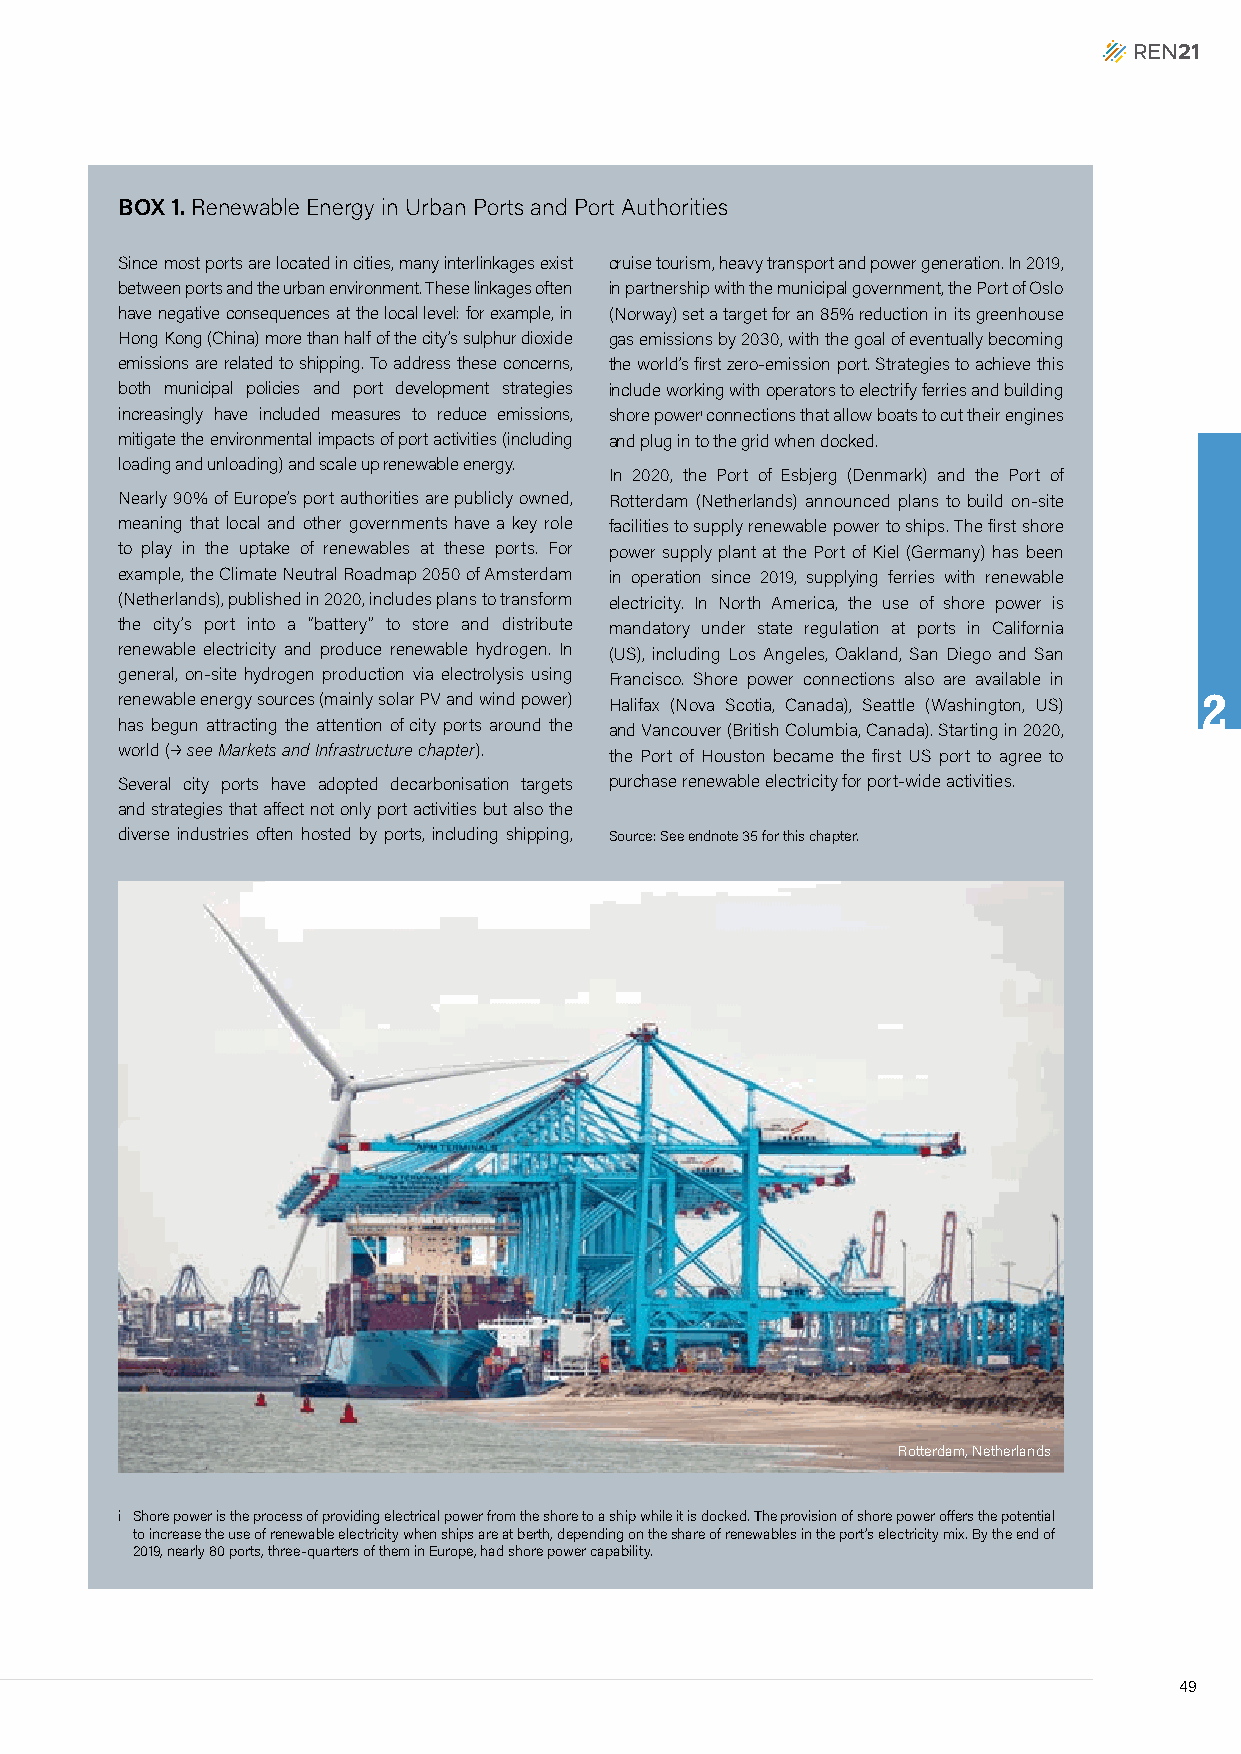
BOX 1. Renewable Energy in Urban Ports and Port Authorities
 Since most ports are located in cities, many interlinkages exist cruise tourism, heavy transport and power generation. In 2019,
 between ports and the urban environment. These linkages often in partnership with the municipal government, the Port of Oslo
 have negative consequences at the local level: for example, in (Norway) set a target for an 85% reduction in its greenhouse
 Hong Kong (China) more than half of the city’s sulphur dioxide gas emissions by 2030, with the goal of eventually becoming
 emissions are related to shipping. To address these concerns, the world’s first zero-emission port. Strategies to achieve this
 both municipal policies and port development strategies include working with operators to electrify ferries and building
 increasingly have included measures to reduce emissions, shore poweri connections that allow boats to cut their engines
 mitigate the environmental impacts of port activities (including and plug in to the grid when docked.
 loading and unloading) and scale up renewable energy.
 In 2020, the Port of Esbjerg (Denmark) and the Port of
 Nearly 90% of Europe’s port authorities are publicly owned, Rotterdam (Netherlands) announced plans to build on-site
 meaning that local and other governments have a key role facilities to supply renewable power to ships. The first shore
 to play in the uptake of renewables at these ports. For power supply plant at the Port of Kiel (Germany) has been
 example, the Climate Neutral Roadmap 2050 of Amsterdam in operation since 2019, supplying ferries with renewable
 (Netherlands), published in 2020, includes plans to transform electricity. In North America, the use of shore power is
 the city’s port into a “battery” to store and distribute mandatory under state regulation at ports in California
 renewable electricity and produce renewable hydrogen. In (US), including Los Angeles, Oakland, San Diego and San
 general, on-site hydrogen production via electrolysis using Francisco. Shore power connections also are available in
 renewable energy sources (mainly solar PV and wind power) Halifax (Nova Scotia, Canada), Seattle (Washington, US) 2
 has begun attracting the attention of city ports around the and Vancouver (British Columbia, Canada). Starting in 2020,
 world (p see Markets and Infrastructure chapter). the Port of Houston became the first US port to agree to
 Several city ports have adopted decarbonisation targets purchase renewable electricity for port-wide activities.
 and strategies that affect not only port activities but also the
 diverse industries often hosted by ports, including shipping, Source: See endnote 35 for this chapter.
 Rotterdam, Netherlands
 i Shore power is the process of providing electrical power from the shore to a ship while it is docked. The provision of shore power offers the potential
 to increase the use of renewable electricity when ships are at berth, depending on the share of renewables in the port’s electricity mix. By the end of
 2019, nearly 80 ports, three-quarters of them in Europe, had shore power capability.
 49